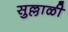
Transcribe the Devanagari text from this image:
सुल्लाळी